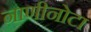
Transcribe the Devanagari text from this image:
नाणीनोटा